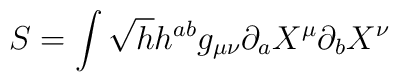
S=\int \sqrt{h}h^{ab}g_{\mu \nu }\partial _{a}X^{\mu }\partial _{b}X^{\nu }